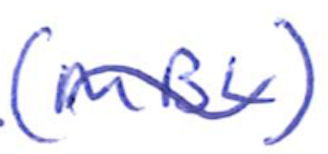
Text: (MLB)
Cross-out: wave
Writing tool: ballpoint